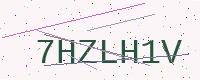
Text: 7HZLH1V